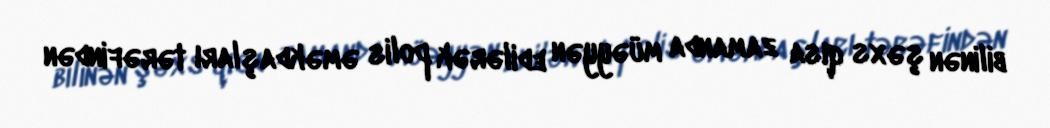
bilinən şəxs qısa zamanda müəyyən edilərək polis əməkdaşları tərəfindən